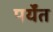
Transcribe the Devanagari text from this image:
पर्येंत